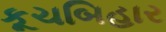
કૂચબિહાર